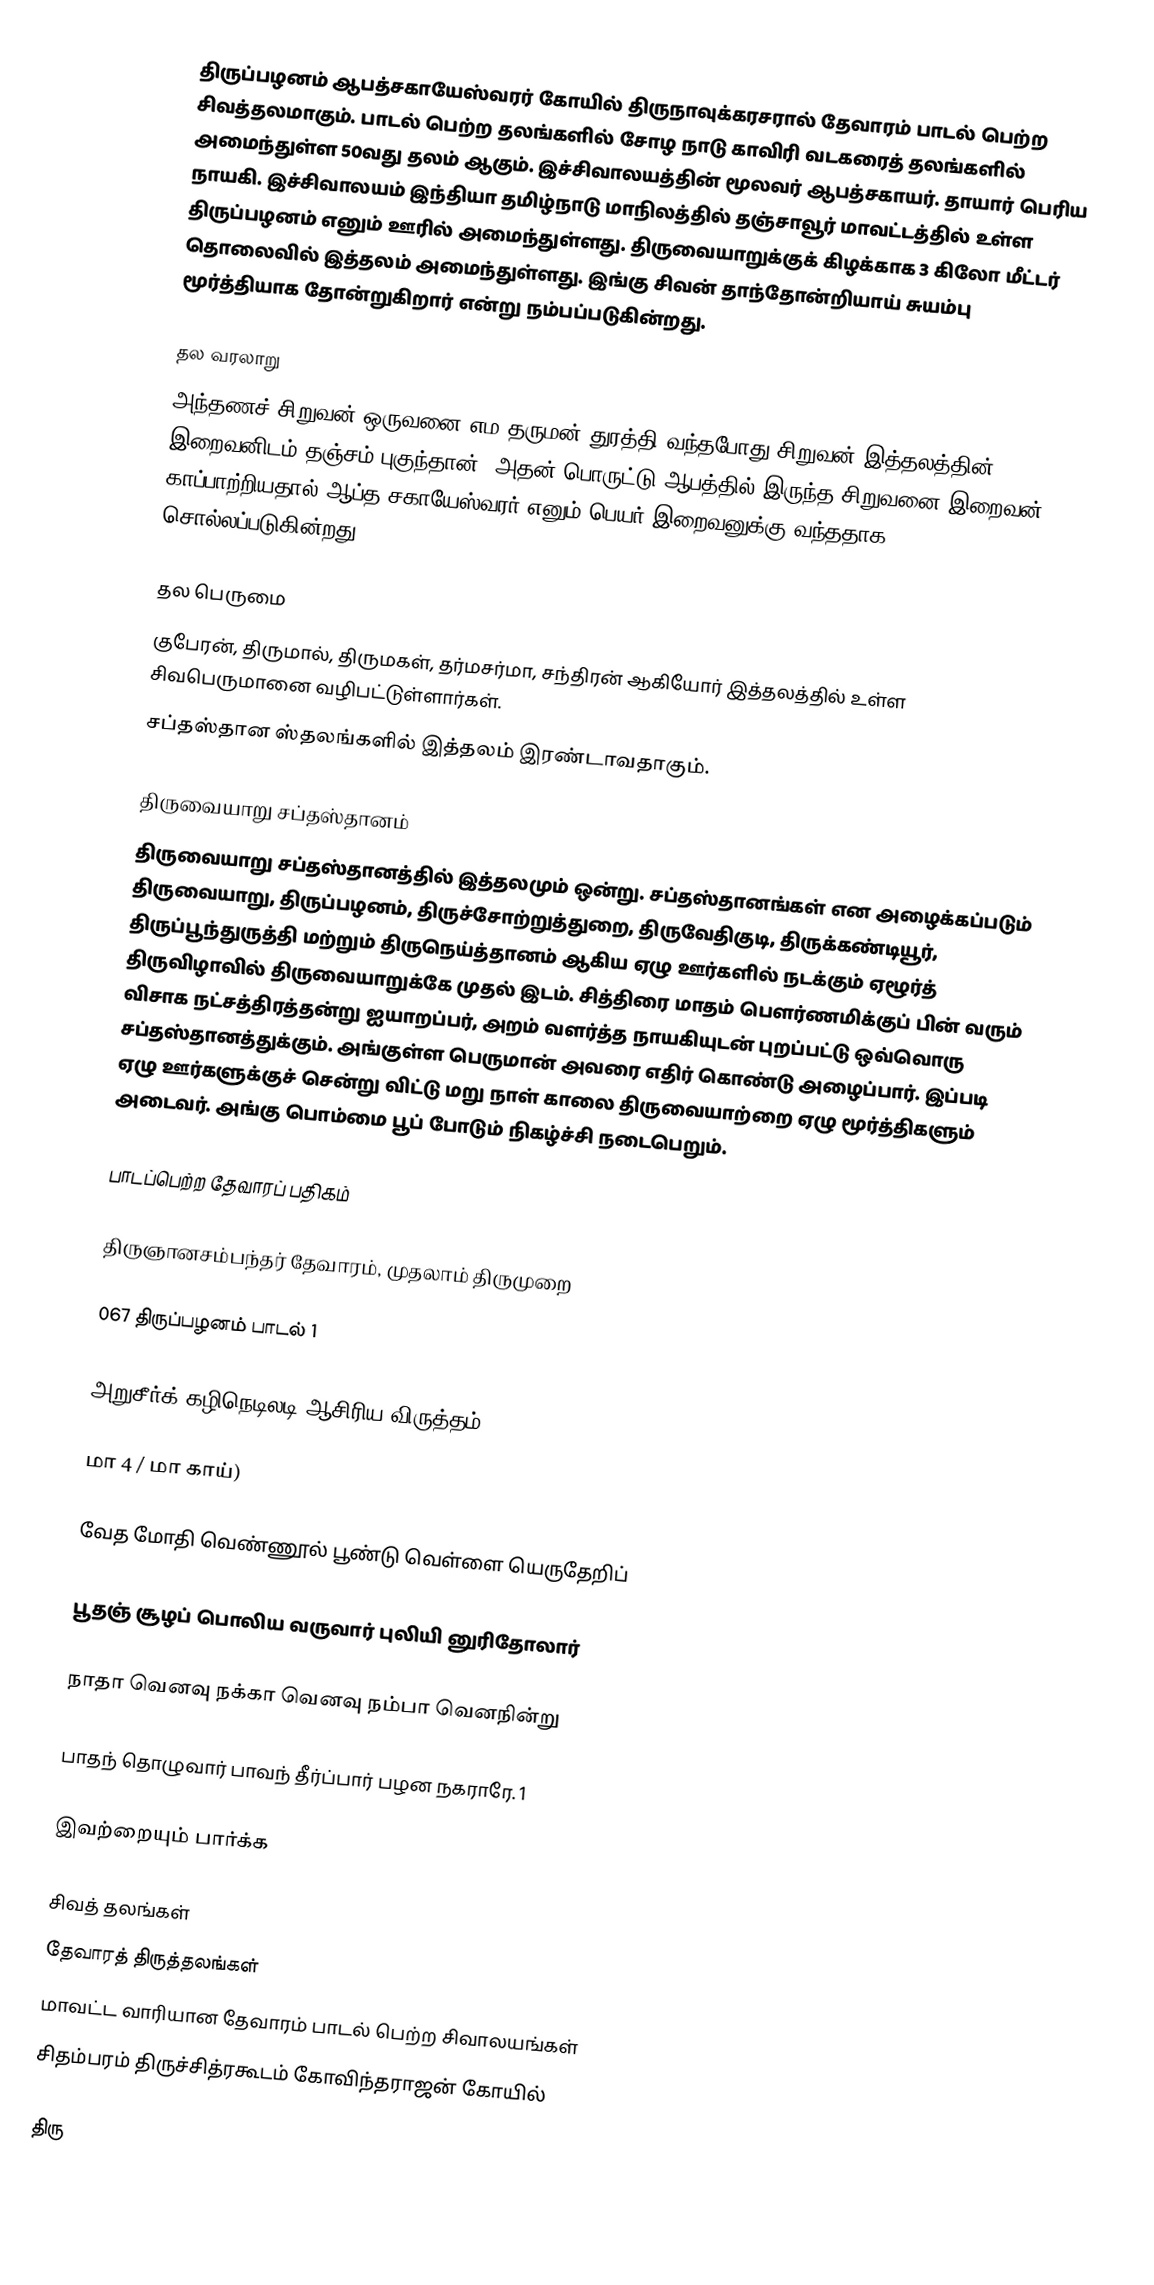
திருப்பழனம் ஆபத்சகாயேஸ்வரர் கோயில் திருநாவுக்கரசரால் தேவாரம் பாடல் பெற்ற சிவத்தலமாகும். பாடல் பெற்ற தலங்களில் சோழ நாடு காவிரி வடகரைத் தலங்களில் அமைந்துள்ள 50வது தலம் ஆகும். இச்சிவாலயத்தின் மூலவர் ஆபத்சகாயர். தாயார் பெரிய நாயகி. இச்சிவாலயம் இந்தியா தமிழ்நாடு மாநிலத்தில் தஞ்சாவூர் மாவட்டத்தில் உள்ள திருப்பழனம் எனும் ஊரில் அமைந்துள்ளது. திருவையாறுக்குக் கிழக்காக 3 கிலோ மீட்டர் தொலைவில் இத்தலம் அமைந்துள்ளது. இங்கு சிவன் தாந்தோன்றியாய் சுயம்பு மூர்த்தியாக தோன்றுகிறார் என்று நம்பப்படுகின்றது.

தல வரலாறு
அந்தணச் சிறுவன் ஒருவனை எம தருமன் துரத்தி வந்தபோது சிறுவன் இத்தலத்தின் இறைவனிடம் தஞ்சம் புகுந்தான். அதன் பொருட்டு ஆபத்தில் இருந்த சிறுவனை இறைவன் காப்பாற்றியதால் ஆப்த சகாயேஸ்வரர் எனும் பெயர் இறைவனுக்கு வந்ததாக சொல்லப்படுகின்றது.

தல பெருமை
 குபேரன், திருமால், திருமகள், தர்மசர்மா, சந்திரன் ஆகியோர் இத்தலத்தில் உள்ள சிவபெருமானை வழிபட்டுள்ளார்கள்.
 சப்தஸ்தான ஸ்தலங்களில் இத்தலம் இரண்டாவதாகும்.

திருவையாறு சப்தஸ்தானம்
திருவையாறு சப்தஸ்தானத்தில் இத்தலமும் ஒன்று. சப்தஸ்தானங்கள் என அழைக்கப்படும் திருவையாறு, திருப்பழனம், திருச்சோற்றுத்துறை, திருவேதிகுடி, திருக்கண்டியூர், திருப்பூந்துருத்தி மற்றும் திருநெய்த்தானம் ஆகிய ஏழு ஊர்களில் நடக்கும் ஏழூர்த் திருவிழாவில் திருவையாறுக்கே முதல் இடம். சித்திரை மாதம் பெளர்ணமிக்குப் பின் வரும் விசாக நட்சத்திரத்தன்று ஐயாறப்பர், அறம் வளர்த்த நாயகியுடன் புறப்பட்டு ஒவ்வொரு சப்தஸ்தானத்துக்கும். அங்குள்ள பெருமான் அவரை எதிர் கொண்டு அழைப்பார். இப்படி ஏழு ஊர்களுக்குச் சென்று விட்டு மறு நாள் காலை திருவையாற்றை ஏழு மூர்த்திகளும் அடைவர். அங்கு பொம்மை பூப் போடும் நிகழ்ச்சி நடைபெறும்.

பாடப்பெற்ற தேவாரப் பதிகம்

திருஞானசம்பந்தர் தேவாரம், முதலாம் திருமுறை

067 திருப்பழனம் பாடல் 1

அறுசீர்க் கழிநெடிலடி ஆசிரிய விருத்தம்

மா 4 / மா காய்)

வேத மோதி வெண்ணூல் பூண்டு வெள்ளை யெருதேறிப்

பூதஞ் சூழப் பொலிய வருவார் புலியி னுரிதோலார்

நாதா வெனவு நக்கா வெனவு நம்பா வெனநின்று

பாதந் தொழுவார் பாவந் தீர்ப்பார் பழன நகராரே. 1

இவற்றையும் பார்க்க

 சிவத் தலங்கள்
 தேவாரத் திருத்தலங்கள்
 மாவட்ட வாரியான தேவாரம் பாடல் பெற்ற சிவாலயங்கள்
 சிதம்பரம் திருச்சித்ரகூடம் கோவிந்தராஜன் கோயில்

 திரு